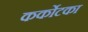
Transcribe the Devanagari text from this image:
कर्कोटका